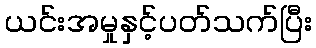
ယင်းအမှုနှင့်ပတ်သက်ပြီး